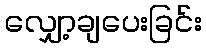
လျှော့ချပေးခြင်း